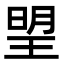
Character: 𣈂